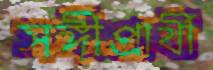
সঙ্গীপ্রার্থী